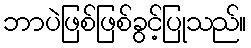
ဘာပဲဖြစ်ဖြစ်ခွင့်ပြုသည်။